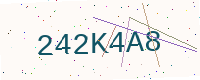
Text: 242K4A8